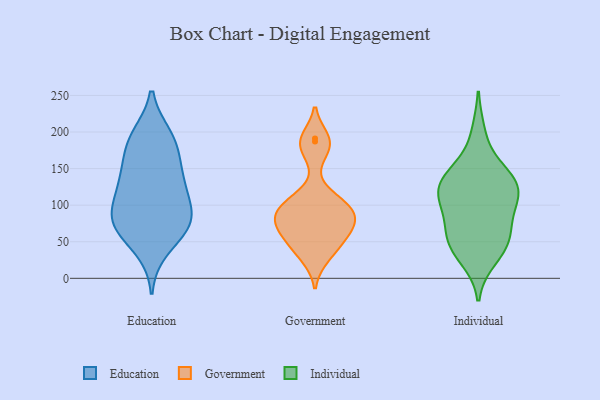
{"axis": {"x": "Customer Acquisition Cost (USD)", "y": "Value"}, "legend": ["Education", "Government", "Individual"], "data": [{"x": "", "y": 194, "type": "Education"}, {"x": "", "y": 184, "type": "Education"}, {"x": "", "y": 164, "type": "Education"}, {"x": "", "y": 117, "type": "Education"}, {"x": "", "y": 138, "type": "Education"}, {"x": "", "y": 73, "type": "Education"}, {"x": "", "y": 122, "type": "Education"}, {"x": "", "y": 40, "type": "Education"}, {"x": "", "y": 70, "type": "Education"}, {"x": "", "y": 82, "type": "Education"}, {"x": "", "y": 74, "type": "Education"}, {"x": "", "y": 139, "type": "Education"}, {"x": "", "y": 76, "type": "Education"}, {"x": "", "y": 94, "type": "Education"}, {"x": "", "y": 192, "type": "Education"}, {"x": "", "y": 29, "type": "Government"}, {"x": "", "y": 99, "type": "Government"}, {"x": "", "y": 77, "type": "Government"}, {"x": "", "y": 191, "type": "Government"}, {"x": "", "y": 64, "type": "Government"}, {"x": "", "y": 89, "type": "Government"}, {"x": "", "y": 174, "type": "Government"}, {"x": "", "y": 103, "type": "Government"}, {"x": "", "y": 38, "type": "Government"}, {"x": "", "y": 108, "type": "Government"}, {"x": "", "y": 55, "type": "Government"}, {"x": "", "y": 82, "type": "Government"}, {"x": "", "y": 84, "type": "Government"}, {"x": "", "y": 187, "type": "Government"}, {"x": "", "y": 59, "type": "Government"}, {"x": "", "y": 27, "type": "Individual"}, {"x": "", "y": 198, "type": "Individual"}, {"x": "", "y": 120, "type": "Individual"}, {"x": "", "y": 70, "type": "Individual"}, {"x": "", "y": 149, "type": "Individual"}, {"x": "", "y": 62, "type": "Individual"}, {"x": "", "y": 39, "type": "Individual"}, {"x": "", "y": 50, "type": "Individual"}, {"x": "", "y": 49, "type": "Individual"}, {"x": "", "y": 134, "type": "Individual"}, {"x": "", "y": 125, "type": "Individual"}, {"x": "", "y": 98, "type": "Individual"}, {"x": "", "y": 94, "type": "Individual"}, {"x": "", "y": 116, "type": "Individual"}, {"x": "", "y": 120, "type": "Individual"}, {"x": "", "y": 142, "type": "Individual"}]}